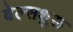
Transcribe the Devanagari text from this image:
वेल्सशुरू